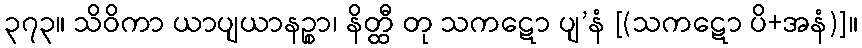
၃၇၃။ သိဝိကာ ယာပျယာနဉ္စာ၊ နိတ္ထီ တု သကဋော ပျ’နံ [(သကဋော ပိ+အနံ)]။